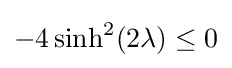
-4\sinh ^{2}(2\lambda )\leq 0